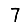
Digit: 7